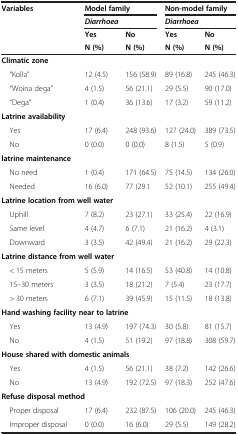
<table><thead><tr><td rowspan="3"><b>Variables</b></td><td colspan="2"><b>Model family</b></td><td colspan="2"><b>Non-model family</b></td></tr><tr><td colspan="2"><b><i>Diarrhoea</i></b></td><td colspan="2"><b><i>Diarrhoea</i></b></td></tr><tr><td><b>Yes</b></td><td><b>No</b></td><td><b>Yes</b></td><td><b>No</b></td></tr><tr><td><b> </b></td><td><b>N (%)</b></td><td><b>N (%)</b></td><td><b>N (%)</b></td><td><b>N (%)</b></td></tr></thead><tbody><tr><td><b>Climatic zone</b></td><td> </td><td> </td><td> </td><td> </td></tr><tr><td> “Kolla”</td><td>12 (4.5)</td><td>156 (58.9)</td><td>89 (16.8)</td><td>245 (46.3)</td></tr><tr><td> “Woina dega”</td><td>4 (1.5)</td><td>56 (21.1)</td><td>29 (5.5)</td><td>90 (17.0)</td></tr><tr><td> “Dega”</td><td>1 (0.4)</td><td>36 (13.6)</td><td>17 (3.2)</td><td>59 (11.2)</td></tr><tr><td><b>Latrine availability</b></td><td> </td><td> </td><td> </td><td> </td></tr><tr><td> Yes</td><td>17 (6.4)</td><td>248 (93.6)</td><td>127 (24.0)</td><td>389 (73.5)</td></tr><tr><td> No</td><td>0 (0.0)</td><td>0 (0.0)</td><td>8 (1.5)</td><td>5 (0.9)</td></tr><tr><td colspan="2"><b>latrine maintenance</b></td><td> </td><td> </td><td> </td></tr><tr><td> No need</td><td>1 (0.4)</td><td>171 (64.5)</td><td>75 (14.5)</td><td>134 (26.0)</td></tr><tr><td> Needed</td><td>16 (6.0)</td><td>77 (29.1</td><td>52 (10.1)</td><td>255 (49.4)</td></tr><tr><td colspan="3"><b>Latrine location from well water</b></td><td> </td><td> </td></tr><tr><td> Uphill</td><td>7 (8.2)</td><td>23 (27.1)</td><td>33 (25.4)</td><td>22 (16.9)</td></tr><tr><td> Same level</td><td>4 (4.7)</td><td>6 (7.1)</td><td>21 (16.2)</td><td>4 (3.1)</td></tr><tr><td> Downward</td><td>3 (3.5)</td><td>42 (49.4)</td><td>21 (16.2)</td><td>29 (22.3)</td></tr><tr><td colspan="2"><b>Latrine distance from well water</b></td><td> </td><td> </td><td> </td></tr><tr><td> &lt; 15 meters</td><td>5 (5.9)</td><td>14 (16.5)</td><td>53 (40.8)</td><td>14 (10.8)</td></tr><tr><td> 15–30 meters</td><td>3 (3.5)</td><td>18 (21.2)</td><td>7 (5.4)</td><td>23 (17.7)</td></tr><tr><td> &gt; 30 meters</td><td>6 (7.1)</td><td>39 (45.9)</td><td>15 (11.5)</td><td>18 (13.8)</td></tr><tr><td colspan="3"><b>Hand washing facility near to latrine</b></td><td> </td><td> </td></tr><tr><td> Yes</td><td>13 (4.9)</td><td>197 (74.3)</td><td>30 (5.8)</td><td>81 (15.7)</td></tr><tr><td> No</td><td>4 (1.5)</td><td>51 (19.2)</td><td>97 (18.8)</td><td>308 (59.7)</td></tr><tr><td colspan="3"><b>House shared with domestic animals</b></td><td> </td><td> </td></tr><tr><td> Yes</td><td>4 (1.5)</td><td>56 (21.1)</td><td>38 (7.2)</td><td>142 (26.6)</td></tr><tr><td> No</td><td>13 (4.9)</td><td>192 (72.5)</td><td>97 (18.3)</td><td>252 (47.6)</td></tr><tr><td colspan="2"><b>Refuse disposal method</b></td><td> </td><td> </td><td> </td></tr><tr><td> Proper disposal</td><td>17 (6.4)</td><td>232 (87.5)</td><td>106 (20.0)</td><td>245 (46.3)</td></tr><tr><td> Improper disposal</td><td>0 (0.0)</td><td>16 (6.0)</td><td>29 (5.5)</td><td>149 (28.2)</td></tr></tbody></table>